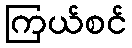
ကြယ်စင်